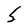
Character: 5